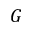
G